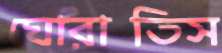
ঘোরাতিস